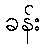
ခန်း